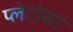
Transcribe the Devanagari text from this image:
प्लेटोवर